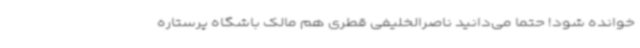
خوانده شود! حتما می‌دانید ناصرالخلیفی قطری هم مالک باشگاه پرستاره